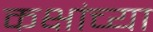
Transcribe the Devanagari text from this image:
कक्षांच्या